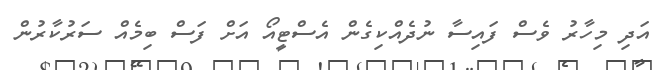
އަދި މިހާރު ވެސް ފައިސާ ނުދެއްކިގެން އެސްޓީއޯ އަށް ފަސް ބިމެއް ސަރުކާރުން